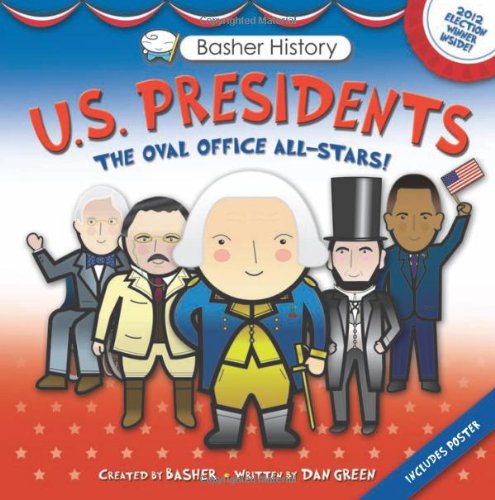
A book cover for Basher History: US Presidents: Oval Office All-Stars; Simon Basher; Children's Books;